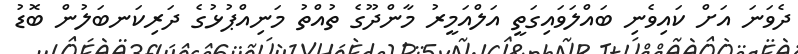
ދެވަނަ އަށް ކައިވެނި ބައްލަވައިގަތީ އަލްއަމީރު މާންދޫގެ ތުއްތު މަނިއްޕުޅުގެ ދަރިކަނބަލުން ބޮޑު